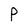
Character: P